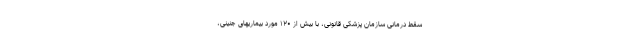
سقط درمانی سازمان پزشکی قانونی، با بیش از ۱۲۰ مورد بیماریهای جنینی،